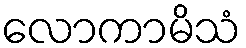
လောကာမိသံ